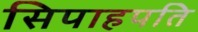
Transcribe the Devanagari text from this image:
सिपाहपति